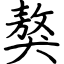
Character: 獒